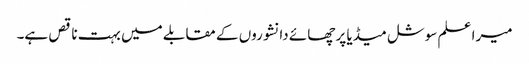
میرا علم سوشل میڈیا پر چھائے دانشوروں کے مقابلے میں بہت ناقص ہے۔